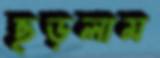
ছড়লাম